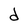
Character: d